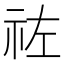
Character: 𥙀